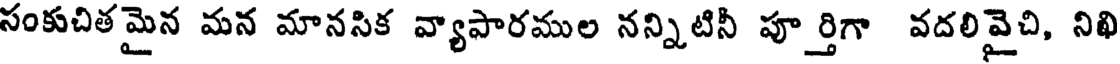
సంకుచితమైన మన మానసిక వ్యాపారముల నన్నిటినీ పూర్తిగా వదలివైచి, నిఖి